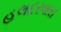
હલદરવાસ